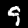
Label: 9